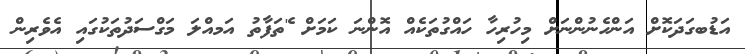
އަޑުބގަދަކޮށް އަންހެނުންނަށް މިހުރިހާ ހައްގުތަކެއް އޮންނަ ކަމަށް 'ެތަފާތު އަމއްލަ މަގްސަދުތަކުގައި އެވެރިން